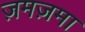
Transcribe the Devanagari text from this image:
ज़मज़मा